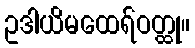
ဥဒါယိမထေရ်ဝတ္ထု။